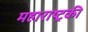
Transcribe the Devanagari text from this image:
महाराष्ट्रकी